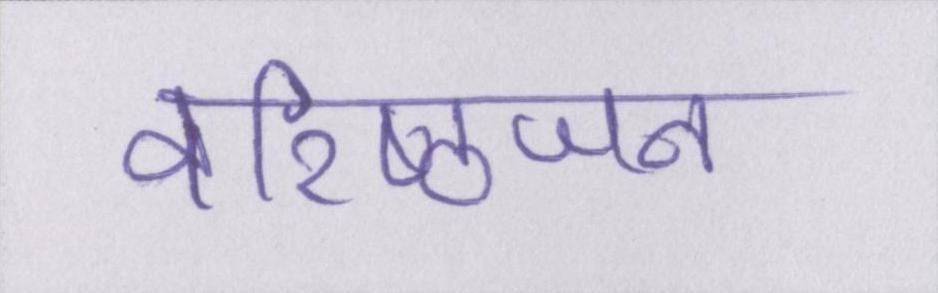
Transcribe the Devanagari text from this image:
वरिष्ठजन